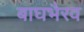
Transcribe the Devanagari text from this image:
बाघभैरव